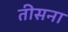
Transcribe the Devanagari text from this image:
तीसना